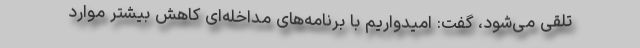
تلقی می‌شود، گفت: امیدواریم با برنامه‌های مداخله‌ای کاهش بیشتر موارد